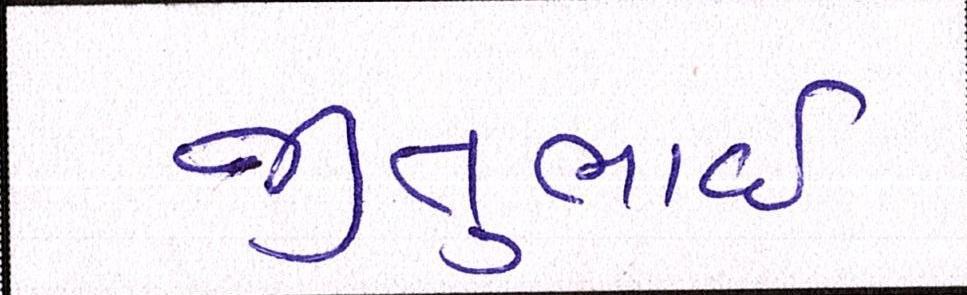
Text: જીતુભાઈ